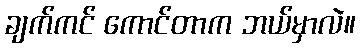
ချက်ကင် ကောင်တာက ဘယ်မှာလဲ။